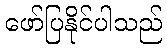
ဖော်ပြနိုင်ပါသည်